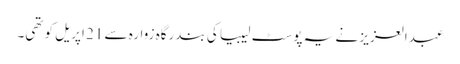
عبدالعزیز نے یہ پوسٹ لیبیا کی بندرگاہ زوارہ سے 21 اپریل کو تھی۔